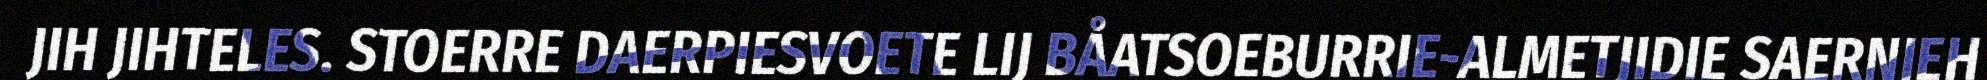
JIH JIHTELES. STOERRE DAERPIESVOETE LIJ BÅATSOEBURRIE-ALMETJIDIE SAERNIEH